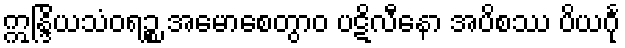
ဣန္ဒြိယသံဝရဉ္စ အမောစေတွာဝ ပဋိလီနော အပိစဿ ပိယင်္ဂု